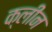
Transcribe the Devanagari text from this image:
क्‍लीन